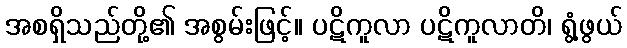
အစရှိသည်တို့၏ အစွမ်းဖြင့်။ ပဋိကူလာ ပဋိကူလာတိ၊ ရွံ့ဖွယ်